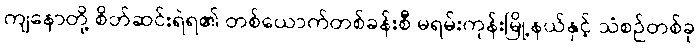
ကျနောတို့ စိတ်ဆင်းရဲရ၏ တစ်ယောက်တစ်ခန်းစီ မရမ်းကုန်းမြို့နယ်နှင့် သံစဉ်တစ်ခု